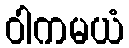
ဝါကမယံ